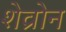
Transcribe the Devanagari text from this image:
शेव्रोन